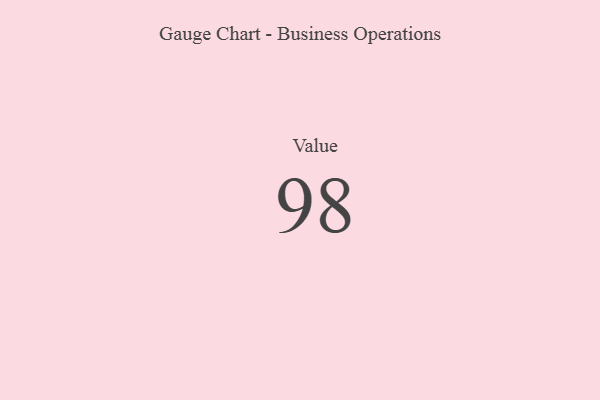
{"axis": {"x": "Metric", "y": "Value"}, "legend": [""], "data": [{"x": "Value", "y": 98, "type": ""}]}